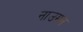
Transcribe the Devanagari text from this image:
नाउमन